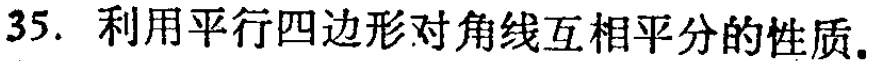
35. 利用平行四边形对角线互相平分的性质.